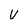
Character: v